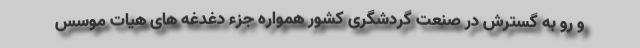
و رو به گسترش در صنعت گردشگری کشور همواره جزء دغدغه های هیات موسس